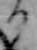
る